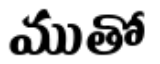
ముతో